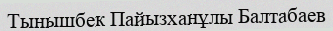
Тынышбек Пайызханұлы Балтабаев